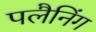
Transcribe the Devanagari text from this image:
पलैनिंग